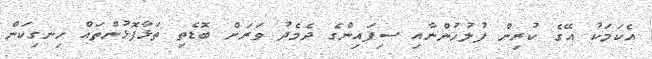
އެކަމަކު އޭގެ ކުރިން ފުލުހުންނާއި ސިފައިންގެ ދެމެދު ވަރަށް ބޮޑެތި ތަޅާފޮޅުންތައް ހިނގިކަން